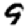
Digit: 9